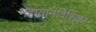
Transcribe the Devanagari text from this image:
महायानविंशिका